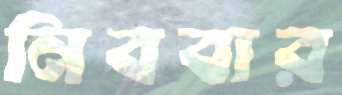
নিববার